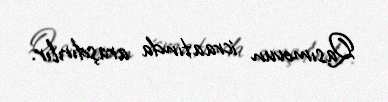
Qasımovun icraatında araşdırılır.